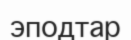
эподтар